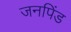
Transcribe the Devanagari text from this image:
जनपिंड